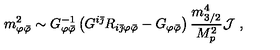
m _ { \varphi { \bar { \varphi } } } ^ { 2 } \sim G _ { \varphi { \bar { \varphi } } } ^ { - 1 } \left( G ^ { i { \bar { \jmath } } } R _ { i { \bar { \jmath } } \varphi { \bar { \varphi } } } - G _ { \varphi { \bar { \varphi } } } \right) { \frac { m _ { 3 / 2 } ^ { 4 } } { M _ { p } ^ { 2 } } } { \cal J } \ ,